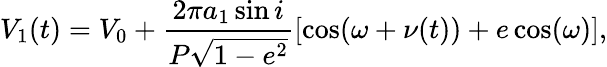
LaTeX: V_{1}(t)=V_{0}+\frac{2\pi a_{1}\sin{i}}{P\sqrt{1-e^{2}}}[\cos(\omega+\nu(t))+e\cos(\omega)],